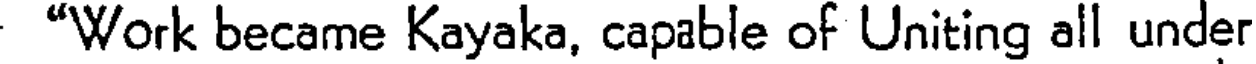
"Work became Kayaka, capable of Uniting all under